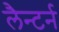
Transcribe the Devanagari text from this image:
लैन्टर्न